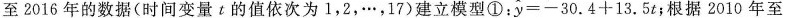
至2016年的数据(时间变量t的值依次为1，2，…，17)建立模型① : $$ \widehat{y}=-30.4+13.5 $$t；根据2010年至